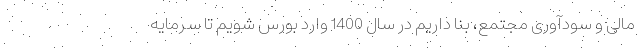
مالی و سودآوری مجتمع، بنا داریم در سال 1400 وارد بورس شویم تا سرمایه